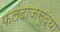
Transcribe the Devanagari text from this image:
फलंदाजसुद्धा